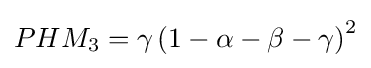
PHM_{3}=\gamma \left(1-\alpha -\beta -\gamma \right)^{2}